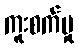
ကူးစက်မှု